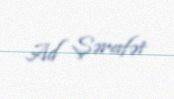
Ad Şərafət